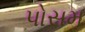
પોસમ